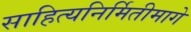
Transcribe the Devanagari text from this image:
साहित्यनिर्मितीमागे